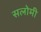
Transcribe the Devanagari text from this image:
सलोमी